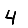
Digit: 4